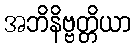
အဘိနိဗ္ဗတ္တိယာ